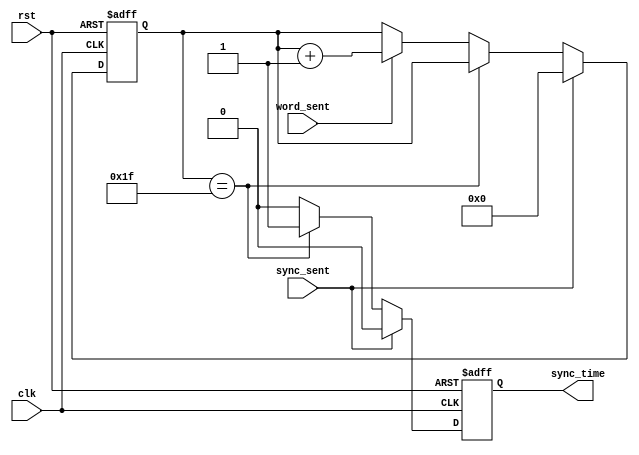
//Counts the number of words sent 
//To know when to send the sync word
module sync_timer #(parameter freq = 31) //No greater than 31
( 
   input rst, clk,
   input word_sent,
   input sync_sent,
   output sync_time
);

reg [5:0] sync_count;
reg sync_rdy;

always @ (posedge clk or posedge rst) begin
   if (rst) begin
      sync_rdy   <= 1'b0;
      sync_count <= 5'd0;
   end
   else begin
      if (sync_sent) begin
         sync_rdy   <= 1'b0;
         sync_count <= 5'd0;
      end
      else if (sync_count == freq) begin
         sync_rdy   <= 1'b1;
         sync_count <= sync_count; 
      end
      else if (word_sent) begin
         sync_rdy   <= 1'b0;
         sync_count <= sync_count + 1; 
      end
      else begin
         sync_rdy   <= 1'b0;
         sync_count <= sync_count; 
      end
   end
end

assign sync_time = sync_rdy;

endmodule